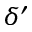
\delta ^ { \prime }